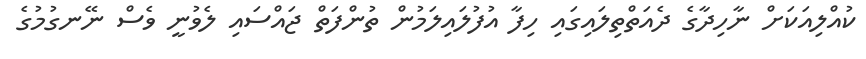
ކުއްލިއަކަށް ނާހިދާގެ ދެއަތްތިލައިގައި ހިފާ އުފުލައިލަމުން ތުންފަތް ޖައްސައި ލެވުނީ ވެސް ނޭނގުމުގެ